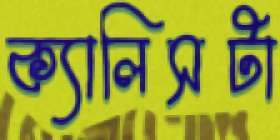
ক্যালিসটা